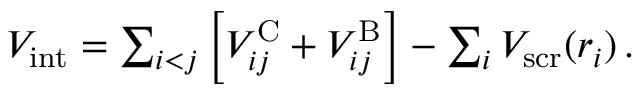
\begin{array} { r } { V _ { \mathrm { i n t } } = \sum _ { i < j } \left[ V _ { i j } ^ { \mathrm { C } } + V _ { i j } ^ { \mathrm { B } } \right] - \sum _ { i } V _ { \mathrm { s c r } } ( r _ { i } ) \, . } \end{array}